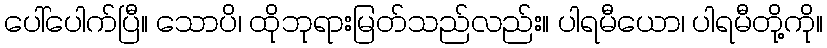
ပေါ်ပေါက်ပြီ။ သောပိ၊ ထိုဘုရားမြတ်သည်လည်း။ ပါရမီယော၊ ပါရမီတို့ကို။